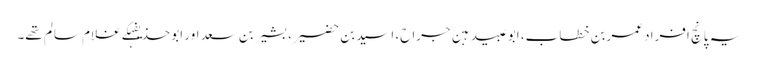
یہ پانچ افراد عمربن خطاب، ابوعبیدہبن جراح، اسیدبن حضیر، بشیربن سعد اور ابو حذیفہکے غلام سالم تھے۔